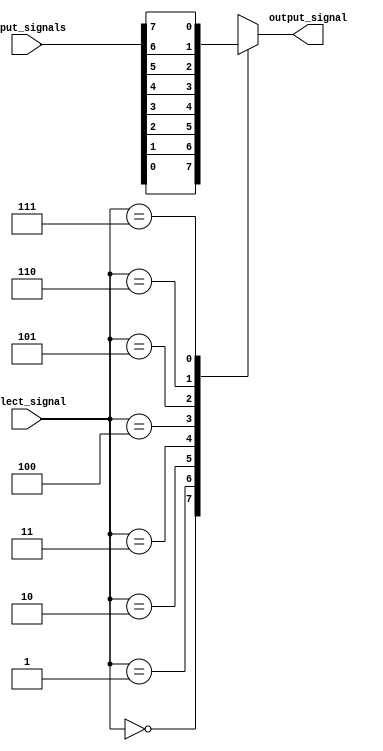
module mux_8_to_1 (
    input [7:0] input_signals,
    input [2:0] select_signal,
    output reg output_signal
);

always @*
begin
    case (select_signal)
        3'b000: output_signal = input_signals[0];
        3'b001: output_signal = input_signals[1];
        3'b010: output_signal = input_signals[2];
        3'b011: output_signal = input_signals[3];
        3'b100: output_signal = input_signals[4];
        3'b101: output_signal = input_signals[5];
        3'b110: output_signal = input_signals[6];
        3'b111: output_signal = input_signals[7];
        default: output_signal = 0; // default case (select_signal out of range)
    endcase
end

endmodule